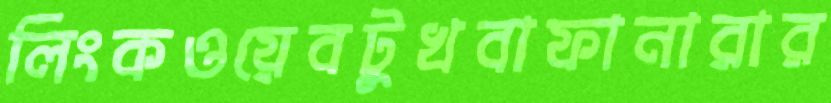
লিংকওয়েবটুখবাফানারার